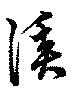
溪